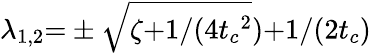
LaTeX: \lambda_{1,2}{=}\pm\sqrt{\zeta{+}{1}/({4{t_{c}}^{2}}}){+}{1}/({2{t_{c}}})